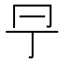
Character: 𠕊